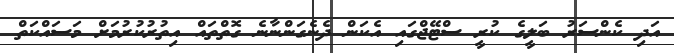
އަދި ކެންސަރު ބަލީގެ ކުރީ ސްޓޭޖްގައި އެކަން ދެނެގަންނާނެ ގޮތްތައް އިތުރުކުުރުމަށް މަސައްކަތް